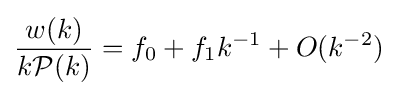
{\frac {w(k)}{k{\mathcal {P}}(k)}}=f_{0}+f_{1}k^{-1}+O(k^{-2})